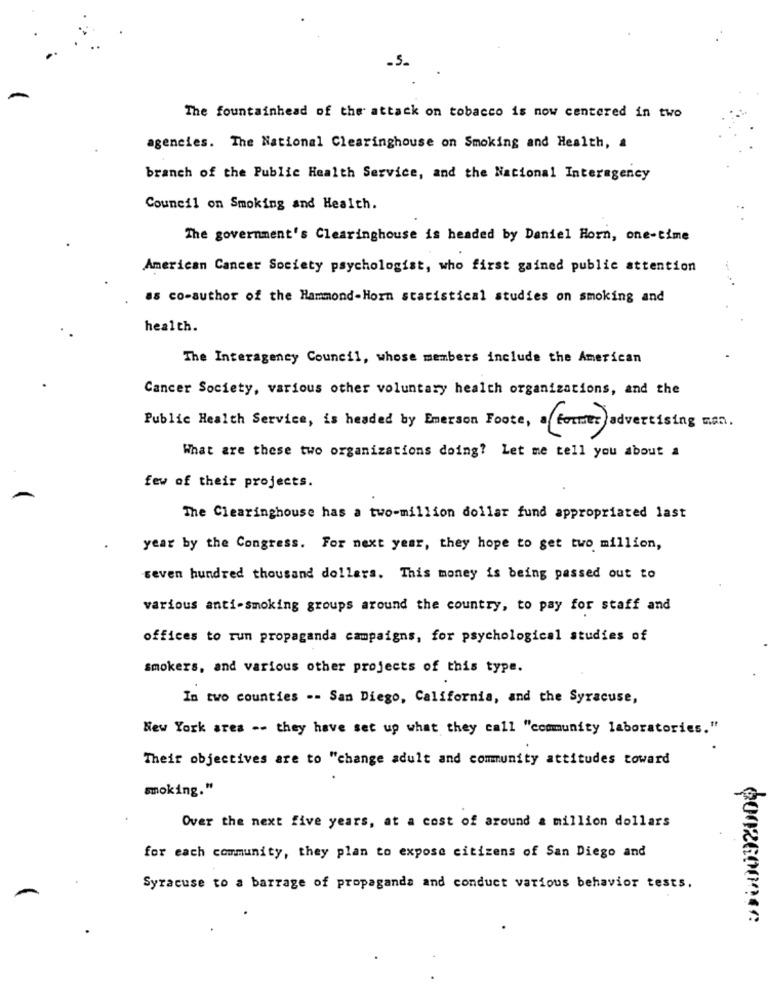
The fountainhead of the attack on tobacco is now centered in two
agencies. The National Clearinghouse on Smoking and Health, a
branch of the Public Health Service, and the National Interagency
Council on Smoking and Health.
The government's Clearinghouse is headed by Daniel Horn, one-time
American Cancer Society psychologist, who first gained public attention
as co-author of the Hammond-Horn statistical studies on smoking and
health.
The Interagency Council, whose members include the American
Cancer Society, various other voluntary health organizations, and the
Public Health Service, is headed by Emerson Foote, a former advertising mon.
What are these two organizations doing? Let me tell you about a
few of their projects.
The Clearinghouse has a two-million dollar fund appropriated last
year by the Congress. For next year, they hope to get two million,
seven hundred thousand dollars. This money is being passed out to
various anti-smoking groups around the country, to pay for staff and
offices to run propaganda campaigns, for psychological studies of
smokers, and various other projects of this type.
In two counties -- San Diego, California, and the Syracuse,
New York area -- they have set up what they call "community laboratories."
Their objectives are to "change adult and community attitudes toward
smoking."
Over the next five years, at a cost of around & million dollars
for each community, they plan to expose citizens of San Diego and
Syracuse to a barrage of propaganda and conduct various behavior tests.
0002600046